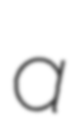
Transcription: a